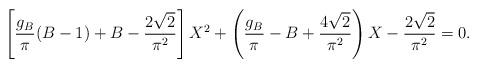
LaTeX: \begin{align*}\left[ {g_B\over{\pi}} (B-1)+B- {2\sqrt{2}\over{\pi^2}} \right] X^2+ \left( {g_B\over{\pi}} -B+{4\sqrt{2}\over{\pi^2}}\right) X-{2\sqrt{2}\over{\pi^2}} =0 . \end{align*}